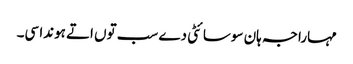
مہاراجہ ہان سوسائٹی دے سب توں اتے ہوندا سی۔